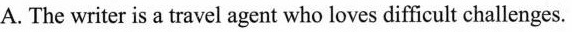
A. The writer is a travel agent who loves difficult challenges.